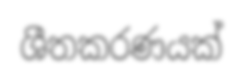
ශීතකරණයක්